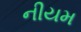
નીયમ